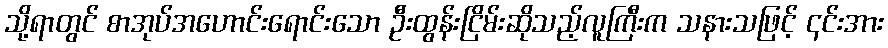
သို့ရာတွင် စာအုပ်အဟောင်းရောင်းသော ဦးထွန်းငြိမ်းဆိုသည့်လူကြီးက သနားသဖြင့် ၎င်းအား